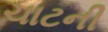
ચાટની